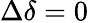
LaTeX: \Delta\delta=0